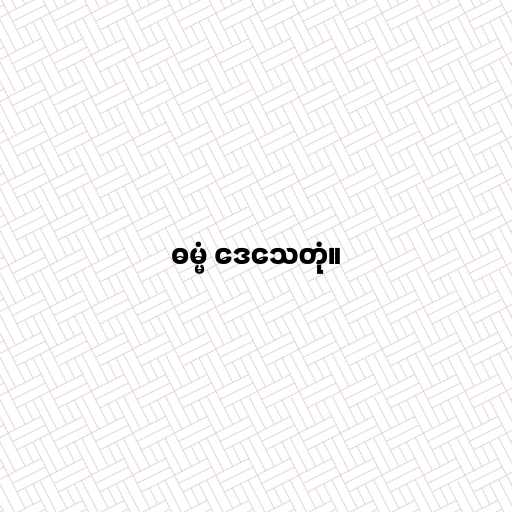
ဓမ္မံ ဒေသေတုံ။